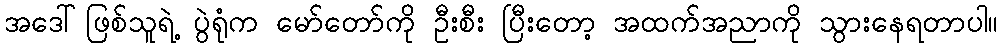
အဒေါ်ဖြစ်သူရဲ့ ပွဲရုံက မော်တော်ကို ဦးစီး ပြီးတော့ အထက်အညာကို သွားနေရတာပါ။